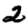
Digit: 2